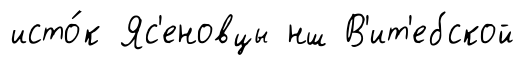
исто́к Яс'еновцы нш В'ит'ебской